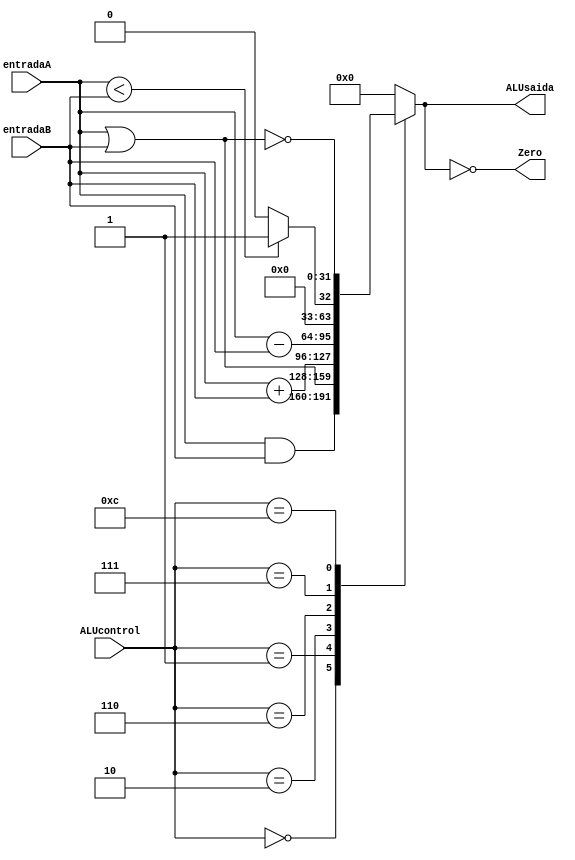
`timescale 1ns / 1ps

module ALU(
    input [3:0] ALUcontrol,
    input signed [31:0] entradaA,
    input signed [31:0] entradaB,
    output reg [31:0] ALUsaida,
    output wire Zero
    );
    wire signed [31:0] sub;
    
    assign sub = entradaA - entradaB;
    assign Zero = (ALUsaida==0);
    
    always @(ALUcontrol, entradaA, entradaB)
        case(ALUcontrol)
            4'b0000: begin
                ALUsaida <= entradaA & entradaB;
                $display ("\n(AND) - > Saida ALU: %b", ALUsaida);
            end //AND
            4'b0001: begin 
                ALUsaida <= entradaA | entradaB; //OR
                $display ("\n(OR) -> Saida ALU: %b", ALUsaida);
            end
            4'b0010: begin
                ALUsaida <= entradaA + entradaB; //Add
                $display ("\n(ADD) -> Saida ALU: %d", ALUsaida);
            end
            4'b0110: begin
                ALUsaida <= sub; //Sub
                $display ("\n(SUB) -> A= %d,B= %d, A-B: %d", entradaA, entradaB, sub);
            end
            4'b0111: begin
                if (entradaA<entradaB) begin
                    ALUsaida <= 1;
                end
                else begin
                    ALUsaida <= 0;
                end
                $display ("\n(SLT/SLTI) -> A: %d, B: %d | (A<B): %d", entradaA, entradaB, (entradaA<entradaB));
            end
            4'b1100: begin
                ALUsaida <= ~(entradaA | entradaB); //NOR
                $display ("\n(NOR) -> Saida ALU: %b", ALUsaida);
            end
            default: begin
                ALUsaida <= 0;
                $display ("\nDEFAULT -> Saida ALU: %b", ALUsaida);
            end
        endcase
endmodule